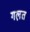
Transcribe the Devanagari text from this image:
गल़त